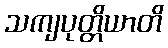
သကျပုတ္တိယာတိ